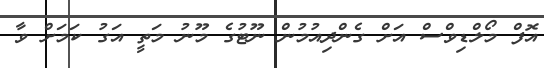
އޮފް މޯލްޑިވްސް އަށް ގެންދިއުމުން ނޫޓުގެ މޫނު މަތީ އަގު ކަމަށް ވާ